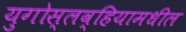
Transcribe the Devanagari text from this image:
युगोस्लव्हियामधील